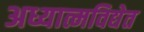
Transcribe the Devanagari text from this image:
अध्यात्मविद्येत